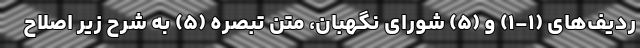
ردیف‌های (۱-۱) و (۵) شورای نگهبان، متن تبصره (۵) به شرح زیر اصلاح